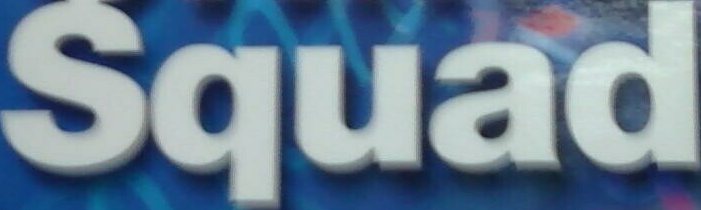
Squad